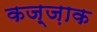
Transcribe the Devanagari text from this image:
कज़्ज़ाक